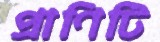
প্রাণিটি